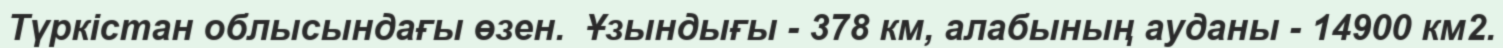
Түркістан облысындағы өзен.  Ұзындығы - 378 км, алабының ауданы - 14900 км2.